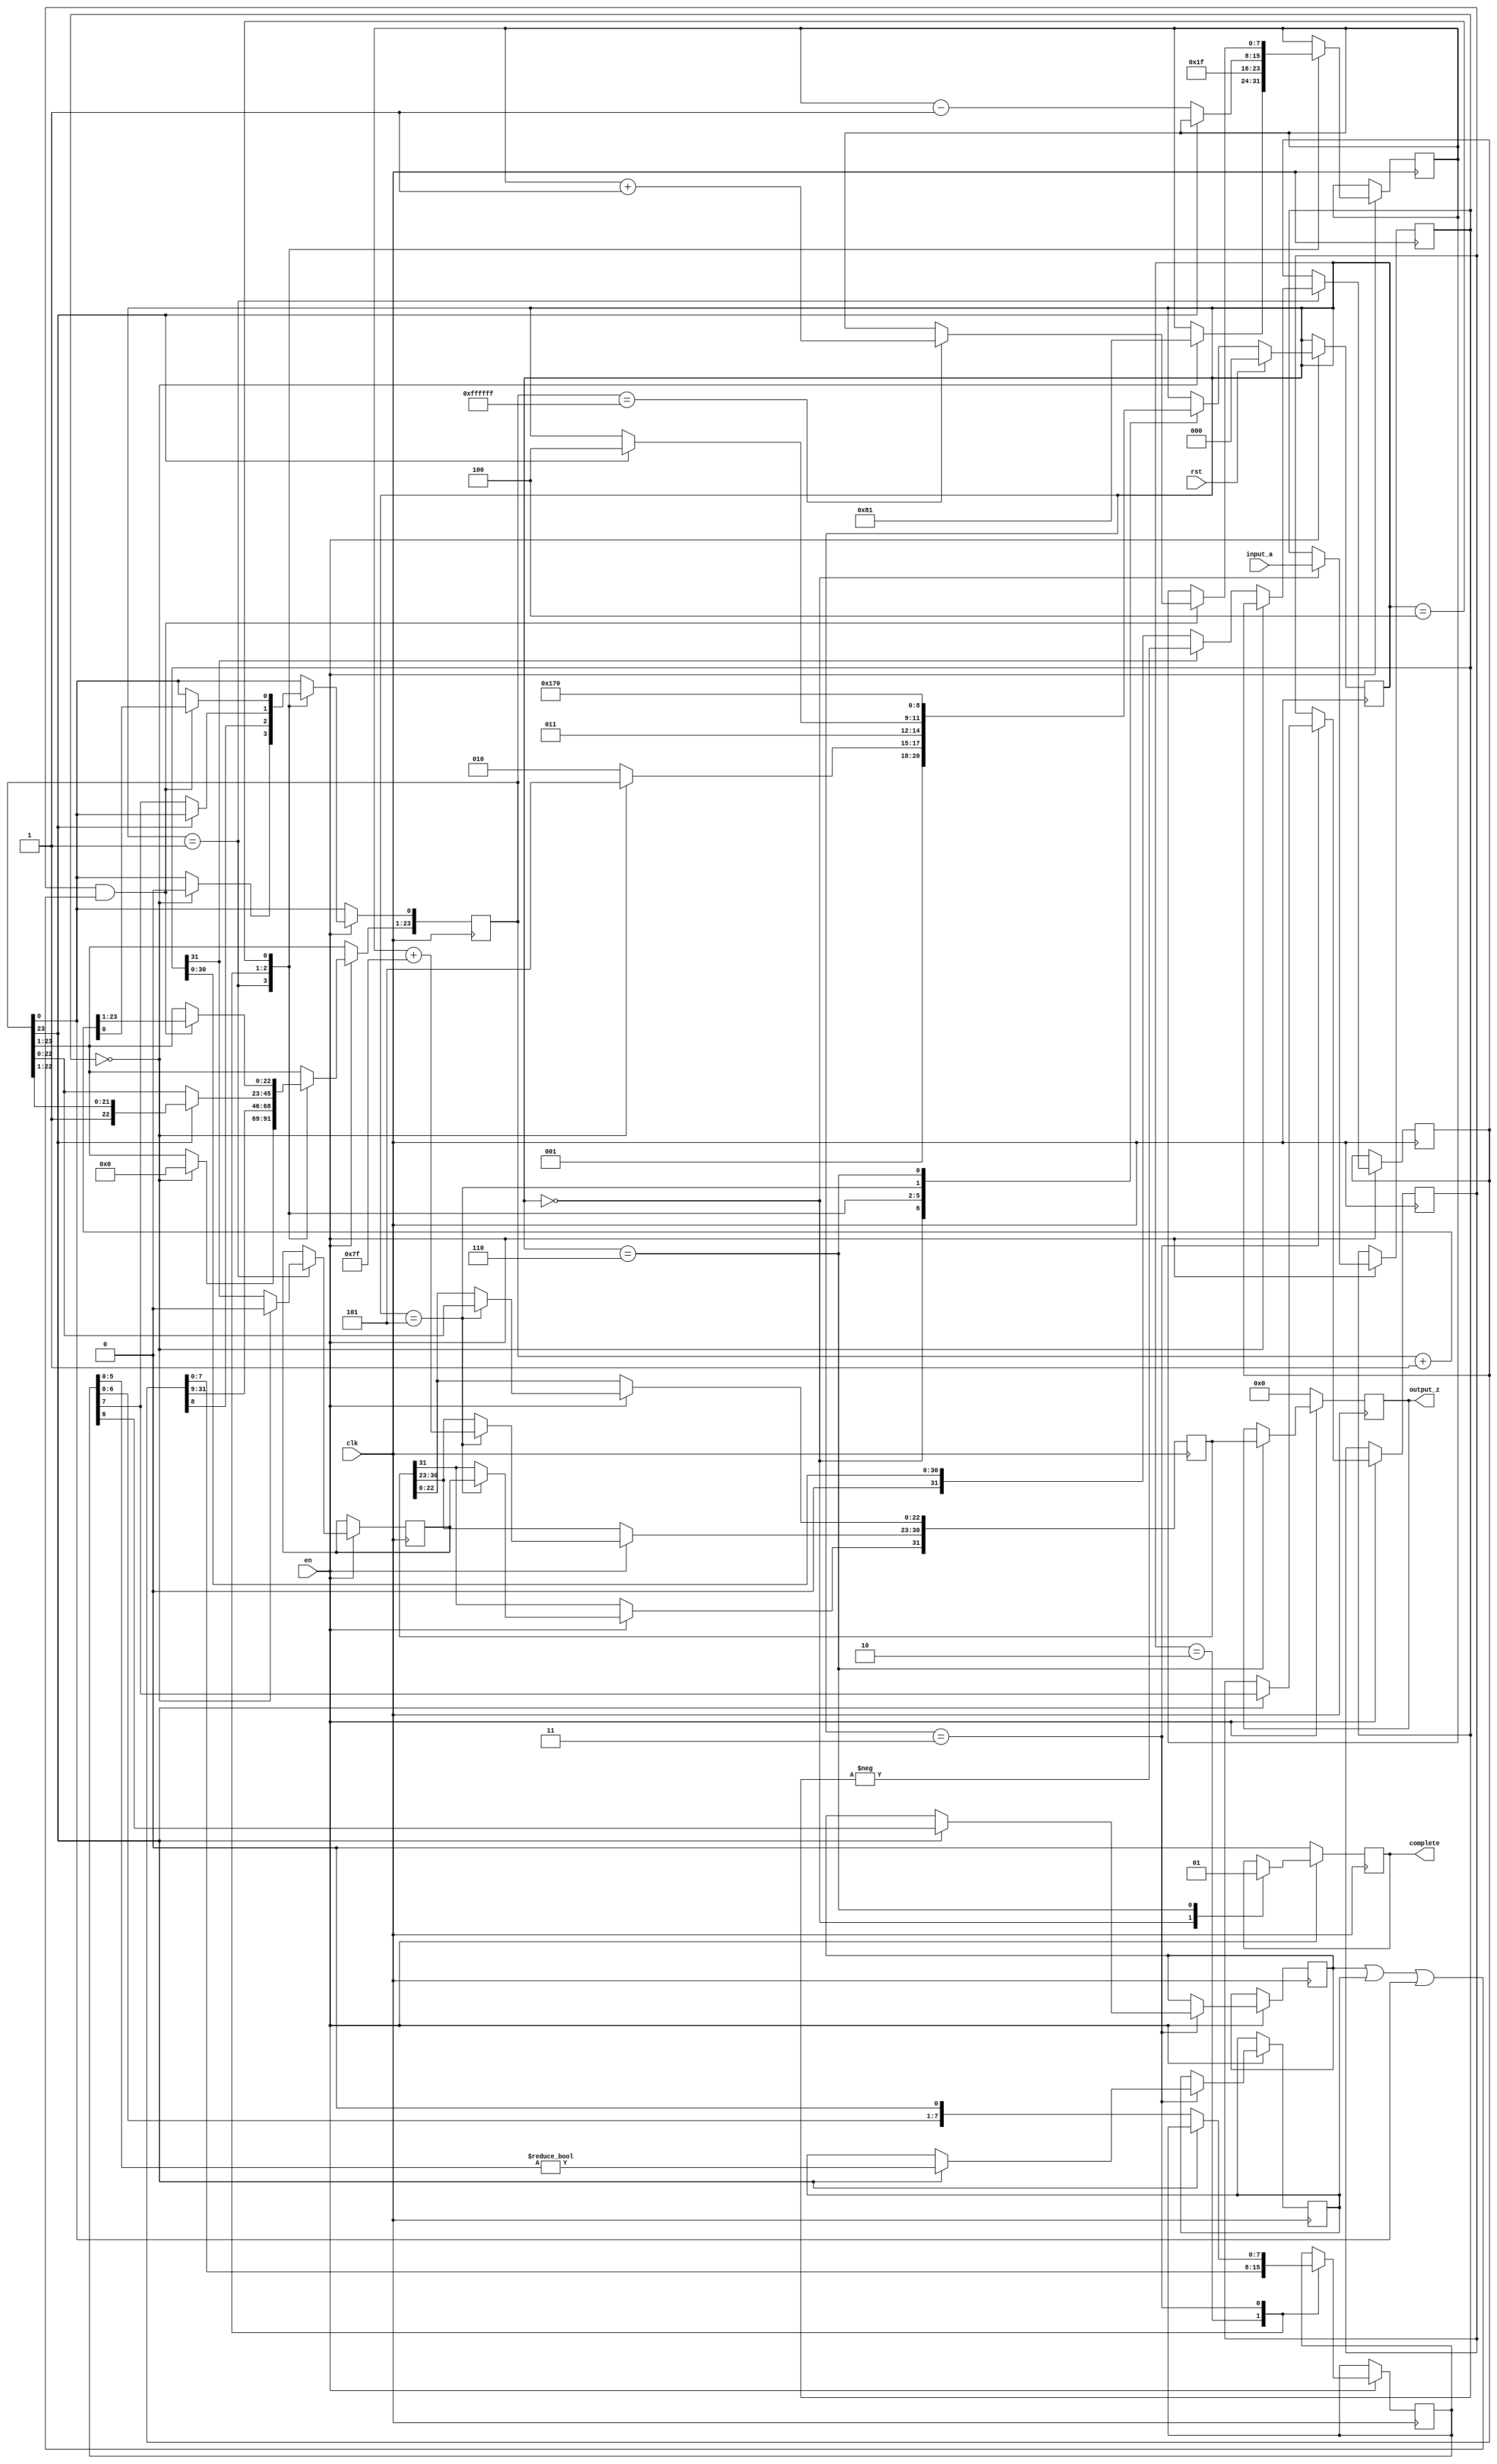
`timescale 1ns / 1ps
//////////////////////////////////////////////////////////////////////////////////
// Company: 
// Engineer: 
// 
// Design Name: 
// Module Name: sinttofloat
// Project Name: 
// Target Devices: 
// Tool Versions: 
// Description: 
// 
// Dependencies: 
// 
// Revision:
// Revision 0.01 - File Created
// Additional Comments:
// 
//////////////////////////////////////////////////////////////////////////////////

module sinttofloat(
        input_a,
        clk,
        rst,
        en,
		complete,
        output_z);

  input     clk;
  input     rst;
input en;
  input     [31:0] input_a;
   output    [31:0] output_z;
    output complete;
  reg       [31:0] s_output_z;
reg	 s_complete;

   reg       [2:0] state;
  parameter get_a         = 3'd0,
            convert_0     = 3'd1,
            convert_1     = 3'd2,
            convert_2     = 3'd3,
            round         = 3'd4,
            pack          = 3'd5,
            put_z         = 3'd6;

  reg [31:0] a, z, value;
  reg [23:0] z_m;
  reg [7:0] z_r;
  reg [7:0] z_e;
  reg z_s;
  reg guard, round_bit, sticky;

  always @(posedge clk)
  begin
if(!en)
          begin
              s_output_z <= 0;
			     s_complete <= 0;
          end
       else
      begin
    case(state)

      get_a:
      begin
          a <= input_a;
		     s_complete <= 0;
          state <= convert_0;
      end

      convert_0:
      begin
	  //if a is zero 
        if ( a == 0 ) 
		begin
          z_s <= 0;
          z_m <= 0;
          z_e <= -127;
          state <= pack;
        end 
		//if a<0,convert
		else begin
          value <= a[31] ? -a : a;		//value is used to store a 
          z_s <= a[31];
          state <= convert_1;
        end
      end

      convert_1:
      begin
        z_e <= 31;
        z_m <= value[31:8];
        z_r <= value[7:0];	//round
        state <= convert_2;
      end

      convert_2:
      begin
        if (!z_m[23]) 
		begin
          z_e <= z_e - 1;
          z_m <= z_m << 1;
          z_m[0] <= z_r[7];
          z_r <= z_r << 1;
        end 
		else begin
          guard <= z_r[7];
          round_bit <= z_r[6];
          sticky <= z_r[5:0] != 0;
          state <= round;
        end
      end

      round:
      begin
        if (guard && (round_bit || sticky || z_m[0])) begin
          z_m <= z_m + 1;
          if (z_m == 24'hffffff) begin
            z_e <=z_e + 1;
          end
        end
        state <= pack;
      end

      pack:
      begin
        z[22 : 0] <= z_m[22:0];
        z[30 : 23] <= z_e + 127;
        z[31] <= z_s;
        state <= put_z;
      end

      put_z:
       begin
          s_output_z <= z;
			s_complete <= 1;		  
          state <= get_a;
      end

    endcase

    if (rst == 1) begin
      state <= get_a;
       end

  end
 end
  assign output_z = s_output_z;
    assign complete = s_complete;

endmodule